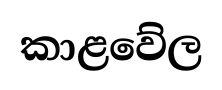
කාළවේල